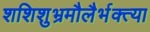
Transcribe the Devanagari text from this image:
शशिशुभ्रमौलैर्भक्त्या